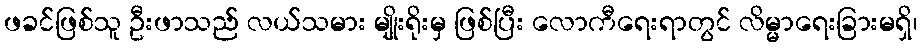
ဖခင်ဖြစ်သူ ဦးဖာသည် လယ်သမား မျိုးရိုးမှ ဖြစ်ပြီး လောကီရေးရာတွင် လိမ္မာရေးခြားမရှိ၊